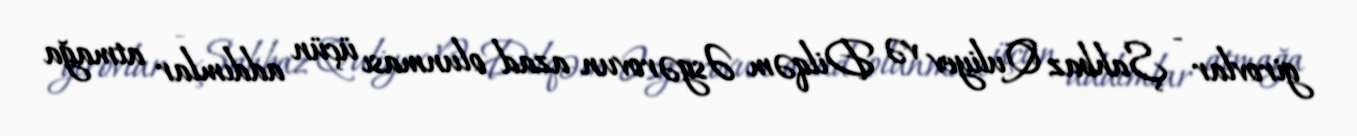
girovlar - Şahbaz Quliyev və Dilqəm Əsgərovun azad olunması üçün addımlar atmağa